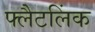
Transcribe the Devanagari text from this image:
फ्लैटलिंक